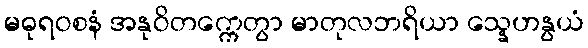
မဓုရဝစနံ အနုဝိတက္ကေတွာ မာတုလဘရိယာ သ္နေဟနွယံ